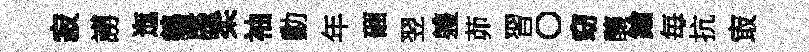
寂謭迤鵷牒柔袖勳年硱翌軆茆習〇窈釀鍮毎抗㝡